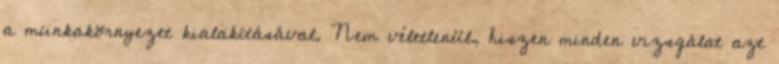
a munkakörnyezet kialakításával. Nem véletlenül, hiszen minden vizsgálat azt